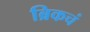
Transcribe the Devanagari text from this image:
ब्रिकचं